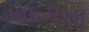
માદકતા